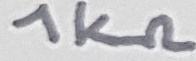
Text: 1KΩ